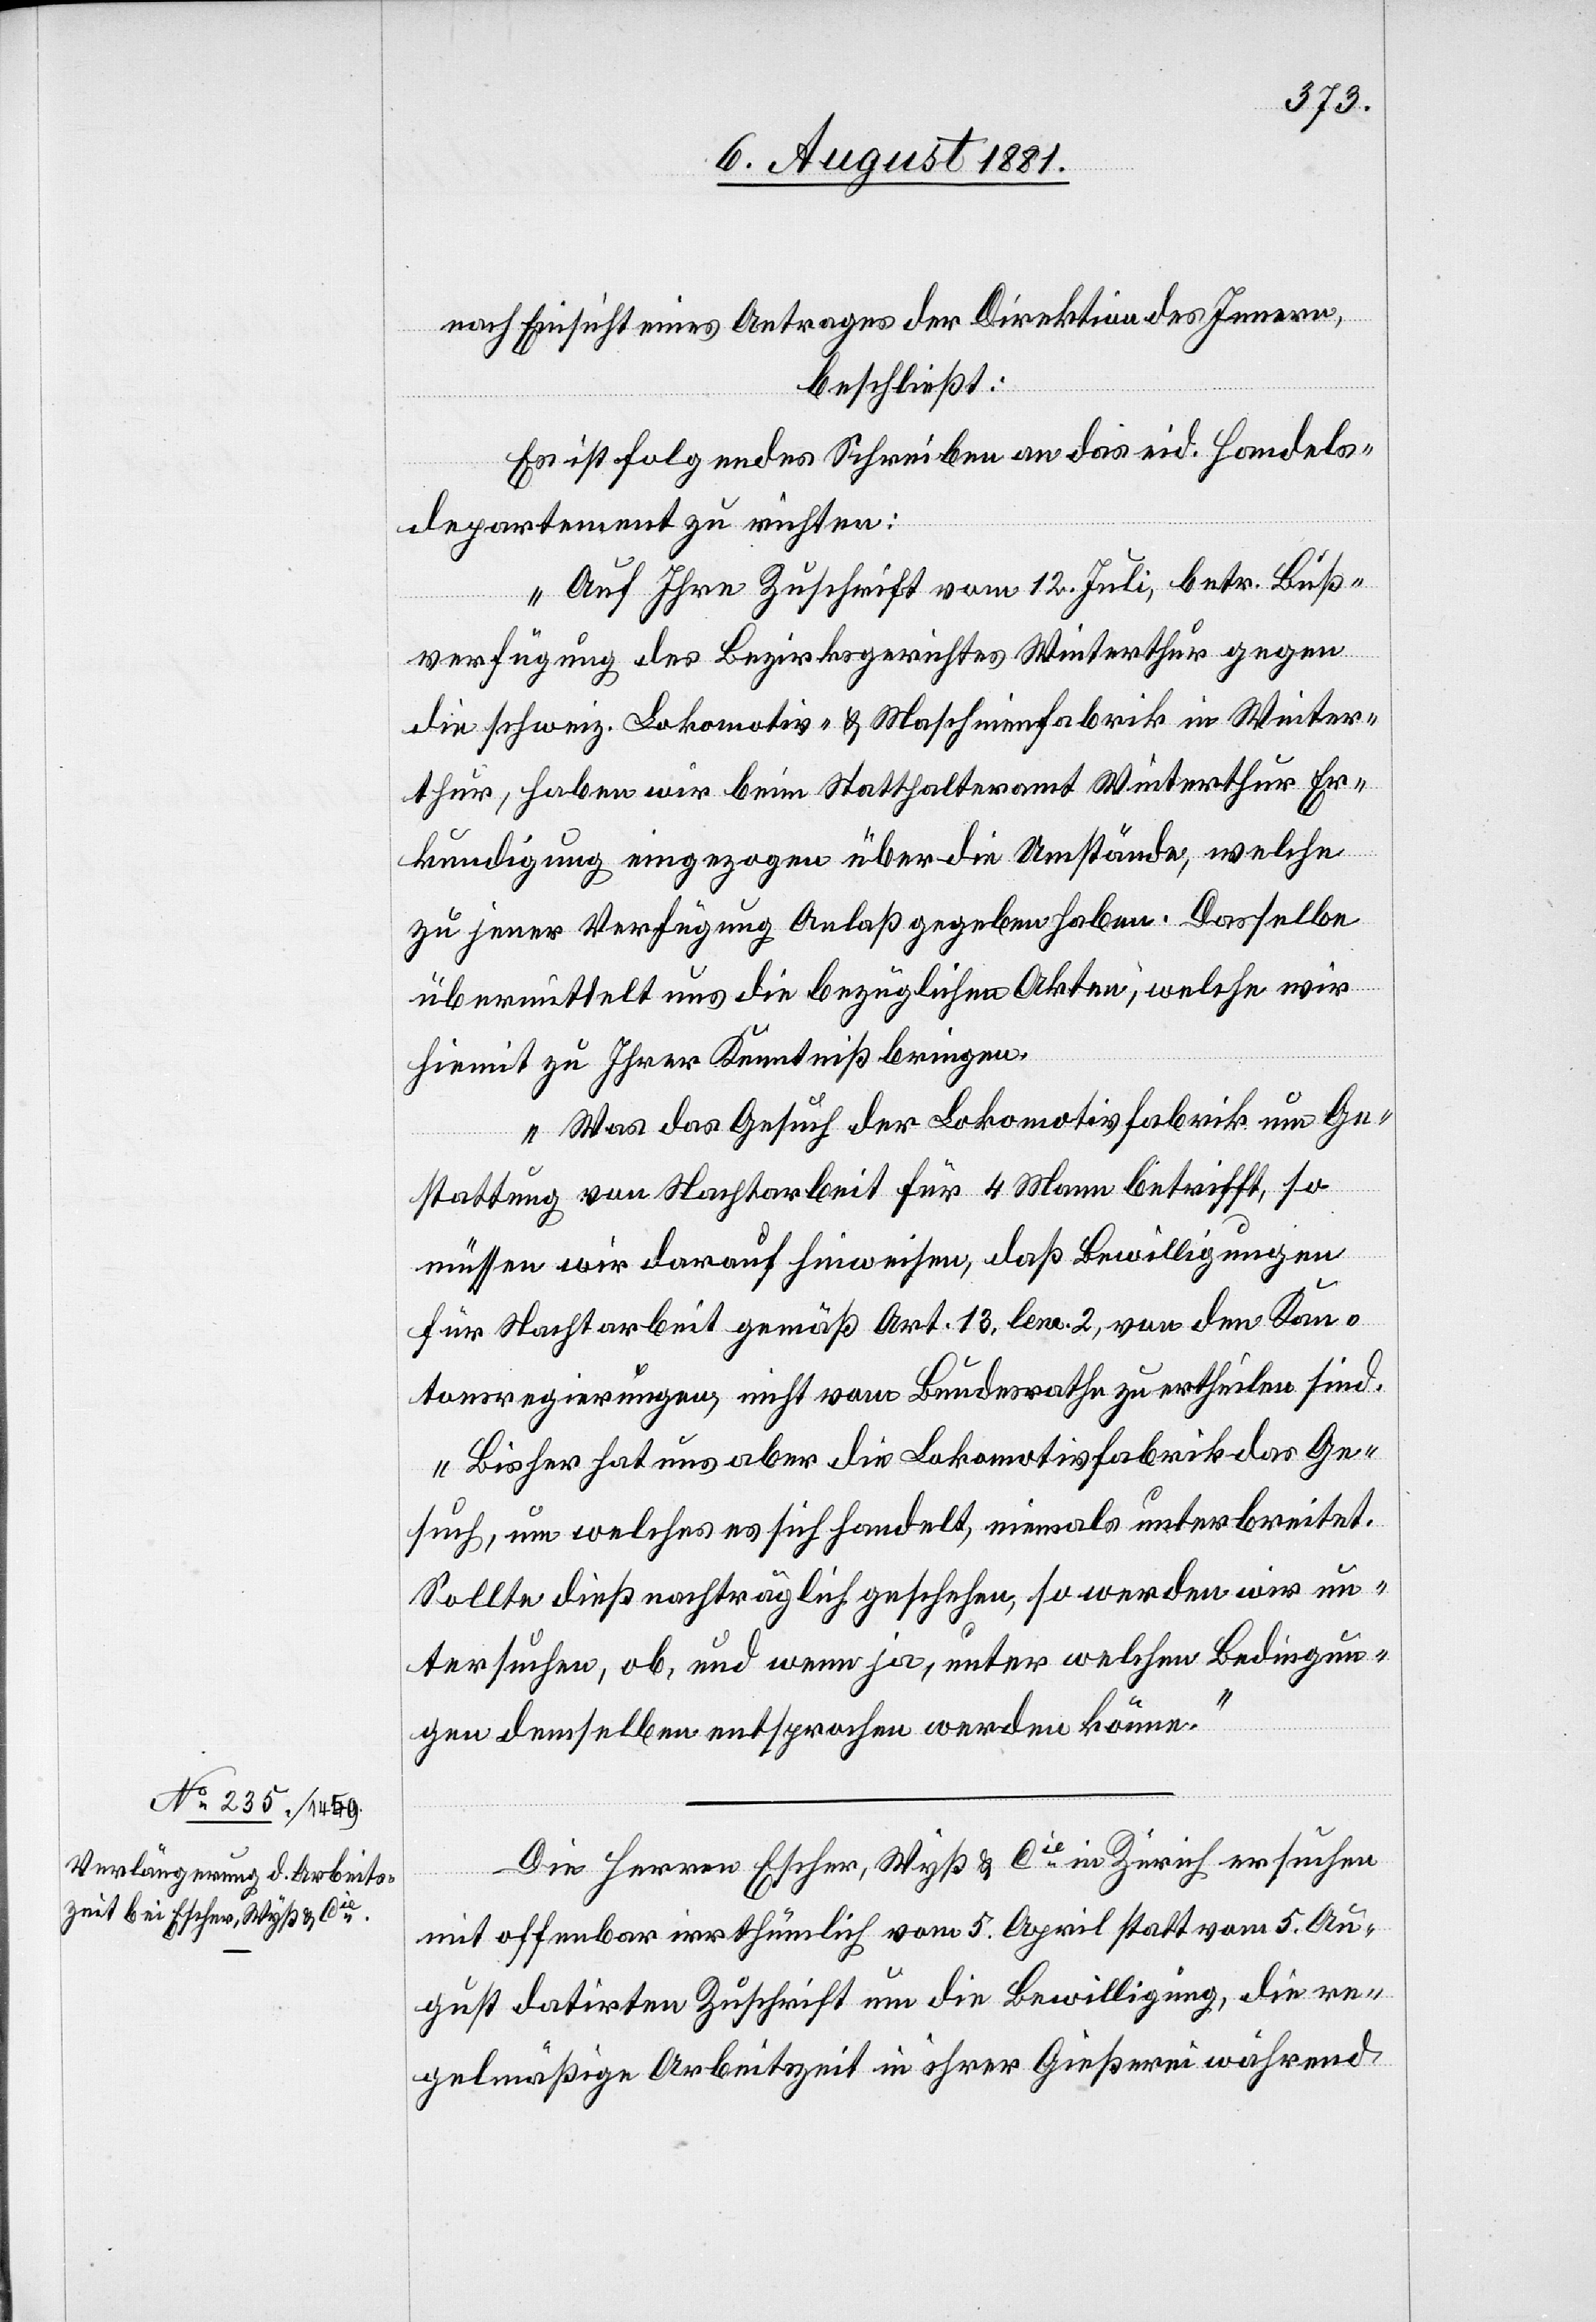
nach Einsicht eines Antrages der Direktion des Innern,
beschließt:
Es ist folgendes Schreiben an das eid. Handels¬
departement zu richten:
„Auf Ihre Zuschrift vom 12. Juli, betr. Buß¬
verfügung des Bezirksgerichtes Winterthur gegen
die schweiz. Lokomotiv- & Maschinenfabrik in Winter¬
thur, haben wir beim Statthalteramt Winterthur Er¬
kundigung eingezogen über die Umstände, welche
zu jener Verfügung Anlaß gegeben haben. Dasselbe
übermittelt uns die bezüglichen Akten, welche wir
hiemit zu Ihrer Kenntniß bringen.
Was das Gesuch der Lokomotivfabrik um Ge¬
stattung von Nachtarbeit für 4 Mann betrifft, so
müssen wir darauf hinweisen, daß Bewilligungen
für Nachtarbeit gemäß Art. 13, lem. 2, von den Kan¬
tonsregierungen, nicht vom Bundesrathe zu ertheilen sind.
Bisher hat uns aber die Lokomotivfabrik das Ge¬
such, um welches es sich handelt, niemals unterbreitet.
Sollte dieß nachträglich geschehen, so werden wir un¬
tersuchen, ob, und wenn ja, unter welchen Bedingun¬
gen demselben entsprochen werden könne.“
Die Herren Escher, Wyß & Cie in Zürich ersuchen
mit offenbar irrthümlich vom 5. April statt vom 5. Au¬
gust datirten Zuschrift um die Bewilligung, die re¬
gelmäßige Arbeitszeit in ihrer Gießerei während